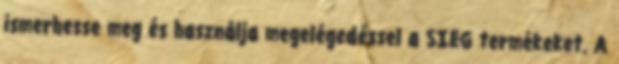
ismerhesse meg és használja megelégedéssel a SIEG termékeket. A